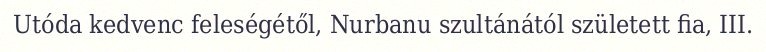
Utóda kedvenc feleségétől, Nurbanu szultánától született fia, III.